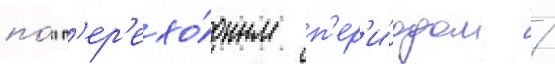
по́д п'ер'ехо́дным п'ер'и́одом /